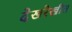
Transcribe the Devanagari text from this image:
देखरेखीत